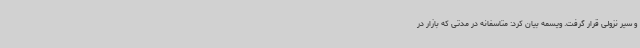
و سیر نزولی قرار گرفت. ویسمه بیان کرد: متاسفانه در مدتی که بازار در